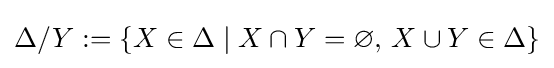
\Delta /Y:=\{X\in \Delta \mid X\cap Y=\varnothing ,\,X\cup Y\in \Delta \}